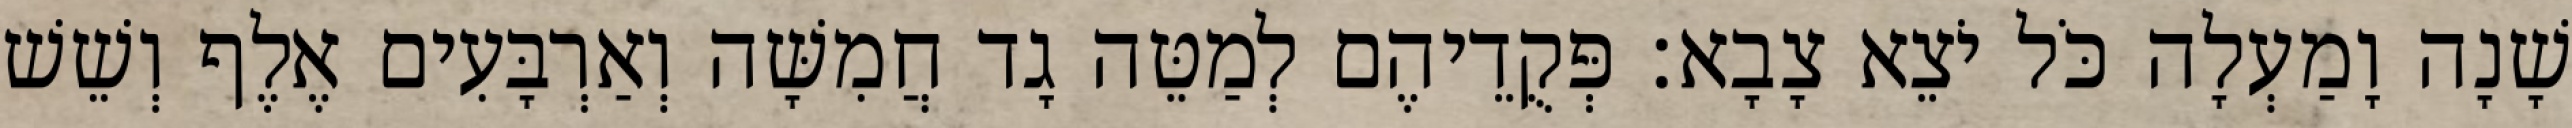
שָׁנָה וָמַעְלָה כֹּל יֹצֵא צָבָא׃ פְּקֻדֵיהֶם לְמַטֵּה גָד חֲמִשָּׁה וְאַרְבָּעִים אֶלֶף וְשֵׁשׁ